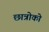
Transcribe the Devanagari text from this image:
छात्रोको